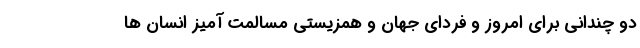
دو چندانی برای امروز و فردای جهان و همزیستی مسالمت آمیز انسان ها